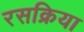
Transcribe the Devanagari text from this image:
रसक्रिया